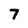
Character: 7